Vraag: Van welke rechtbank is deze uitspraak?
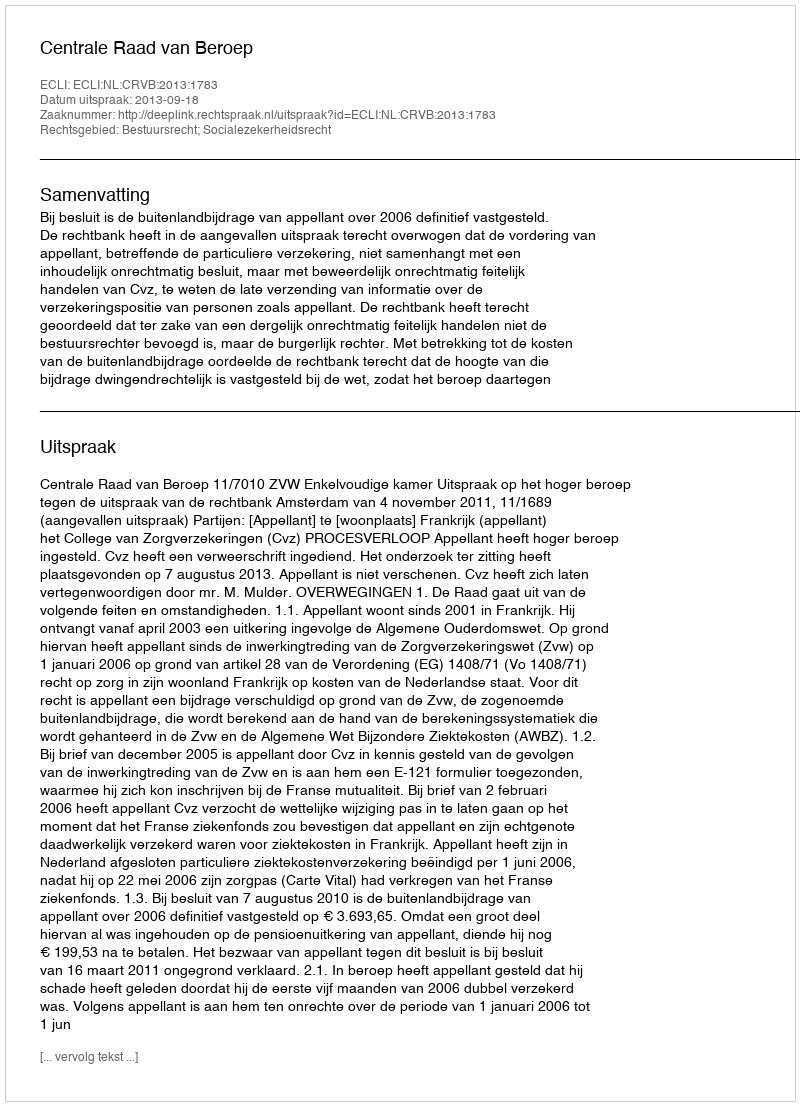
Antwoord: Centrale Raad van Beroep